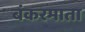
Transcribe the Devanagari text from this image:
बंकरमाता